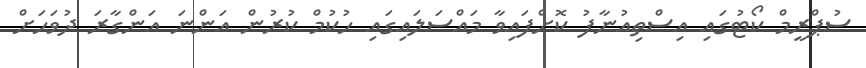
ސުޕްރީމް ކޯޓުގައި އިސްތިއުނާފު ކޮށްފައިވާ މައްސަލައިގައި ހުކުމް ކުރުން އަންނަ އަންގާރަ ދުވަހަށް